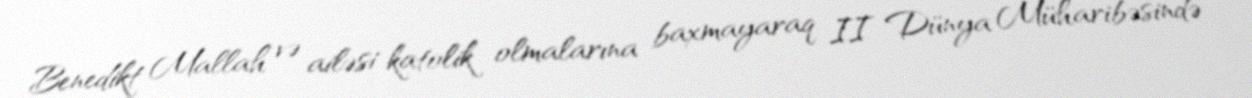
Benedikt Mallah və ailəsi katolik olmalarına baxmayaraq II Dünya Müharibəsində